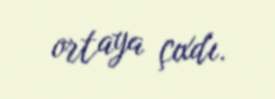
ortaya çıxdı.